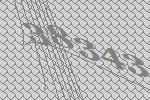
38343